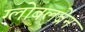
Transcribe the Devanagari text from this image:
ग्लोबलब्रेन